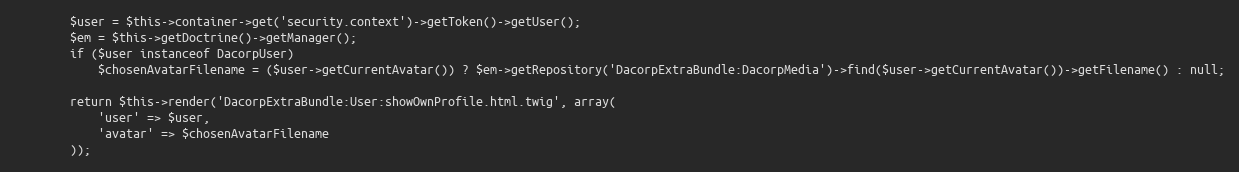
Language: PHP
        $user = $this->container->get('security.context')->getToken()->getUser();
        $em = $this->getDoctrine()->getManager();
        if ($user instanceof DacorpUser)
            $chosenAvatarFilename = ($user->getCurrentAvatar()) ? $em->getRepository('DacorpExtraBundle:DacorpMedia')->find($user->getCurrentAvatar())->getFilename() : null;

        return $this->render('DacorpExtraBundle:User:showOwnProfile.html.twig', array(
            'user' => $user,
            'avatar' => $chosenAvatarFilename
        ));